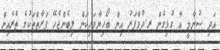
އަދި ސުނާމީ އާ ގުޅިގެން ރ.ދުވާފަރު އިން ބޯހިޔާވަހިކަން ލިބެންޖެހޭ ފަރާތްތަކުގެ ތެރެއިން